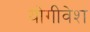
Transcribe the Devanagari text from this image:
योगीवेश